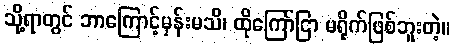
သို့ရာတွင် ဘာကြောင့်မှန်းမသိ၊ ထိုကြော်ငြာ မရိုက်ဖြစ်ဘူးတဲ့။